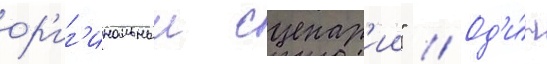
ор'иг'инальныи сценар'ии" // Од'и́н